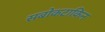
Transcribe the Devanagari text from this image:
सबोकटाकिन